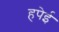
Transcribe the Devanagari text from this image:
हपेई